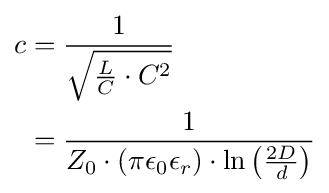
{\begin{aligned}c&={\frac {1}{\sqrt {{\frac {L}{C}}\cdot C^{2}}}}\\&={\frac {1}{Z_{0}\cdot \left(\pi \epsilon _{0}\epsilon _{r}\right)\cdot \ln \left({\frac {2D}{d}}\right)}}\end{aligned}}